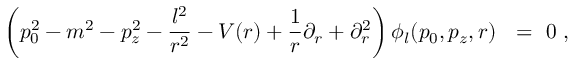
\left( p _ { 0 } ^ { 2 } - m ^ { 2 } - p _ { z } ^ { 2 } - \frac { l ^ { 2 } } { r ^ { 2 } } - V ( r ) + \frac 1 r \partial _ { r } + \partial _ { r } ^ { 2 } \right) \phi _ { l } ( p _ { 0 } , p _ { z } , r ) \ \ = \ 0 \ ,